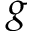
g